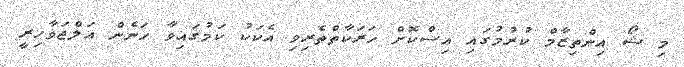
މި ޝޯ އިންތިޒާމް ކުރުމުގައި އިސްކޮށް ހަރަކާތްތެރިވި އެކަކު ކަމުގައިވާ ހަނެން އަލްޖަވާހިރީ